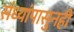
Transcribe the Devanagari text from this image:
संध्यांपासुनही